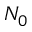
N _ { 0 }